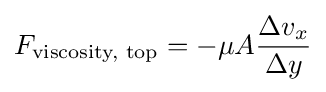
F_{\text{viscosity, top}}=-\mu A{\frac {\Delta v_{x}}{\Delta y}}